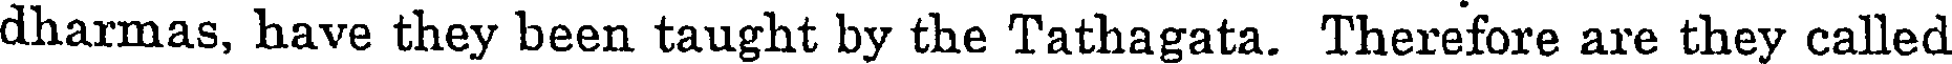
dharmas, have they been taught by the Tathagata. Therefore are they called